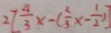
2 [ \frac { 4 } { 3 } x - ( \frac { 2 } { 3 } x - \frac { 1 } { 2 } ) ]